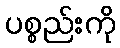
ပစ္စည်းကို